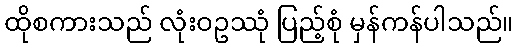
ထိုစကားသည် လုံးဝဥဿုံ ပြည့်စုံ မှန်ကန်ပါသည်။